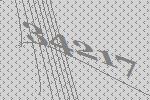
34217